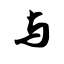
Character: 与